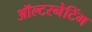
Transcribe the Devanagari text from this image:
ऑल्टरनेटिंग